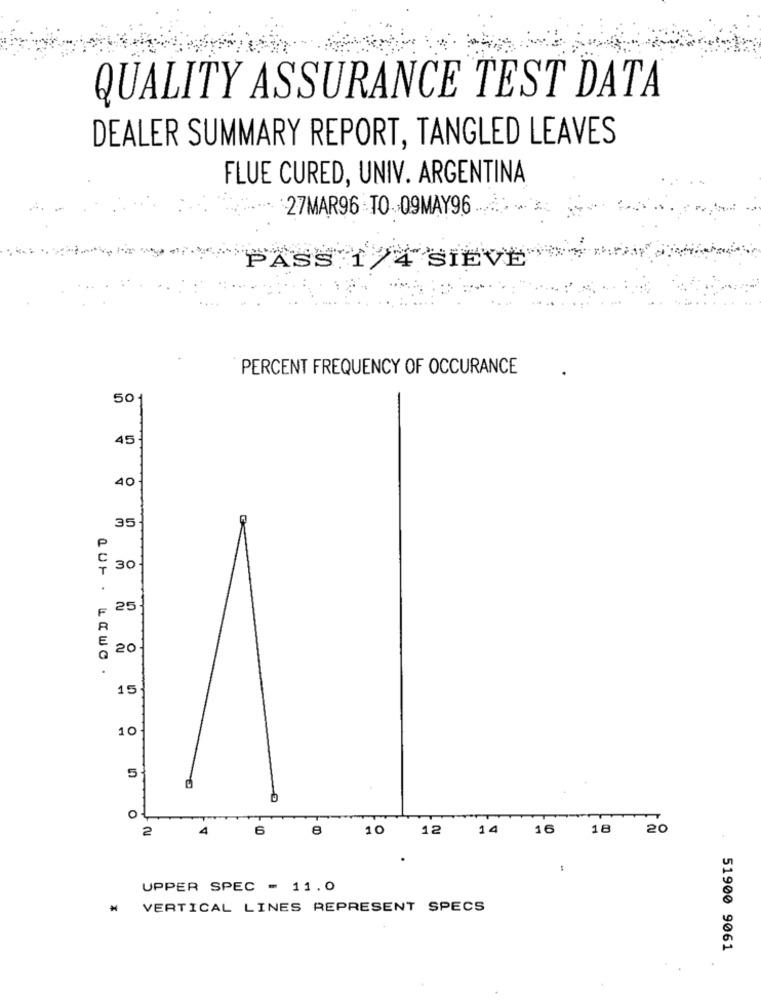
QUALITY ASSURANCE TEST DATA
DEALER SUMMARY REPORT, TANGLED LEAVES
FLUE CURED, UNIV. ARGENTINA
27MAR96 TO 09MAY96
PASS 1 /4 SIEVE
PERCENT FREQUENCY OF OCCURANCE
50
45
40
35
30
25
20
10
5
O
2
4
6
8
10
12
14
16
18
20
UPPER SPEC = 11.0
₦ VERTICAL LINES REPRESENT SPECS
51900 9061